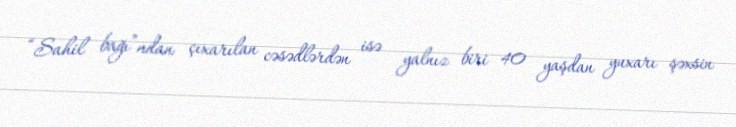
“Sahil bağı”ndan çıxarılan cəsədlərdən isə yalnız biri 40 yaşdan yuxarı şəxsin